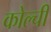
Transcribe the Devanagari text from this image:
कोल्ची